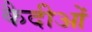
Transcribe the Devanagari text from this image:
कैदीओं